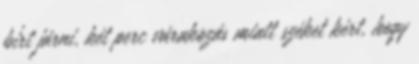
bírt járni, két perc várakozás miatt széket kért, hogy